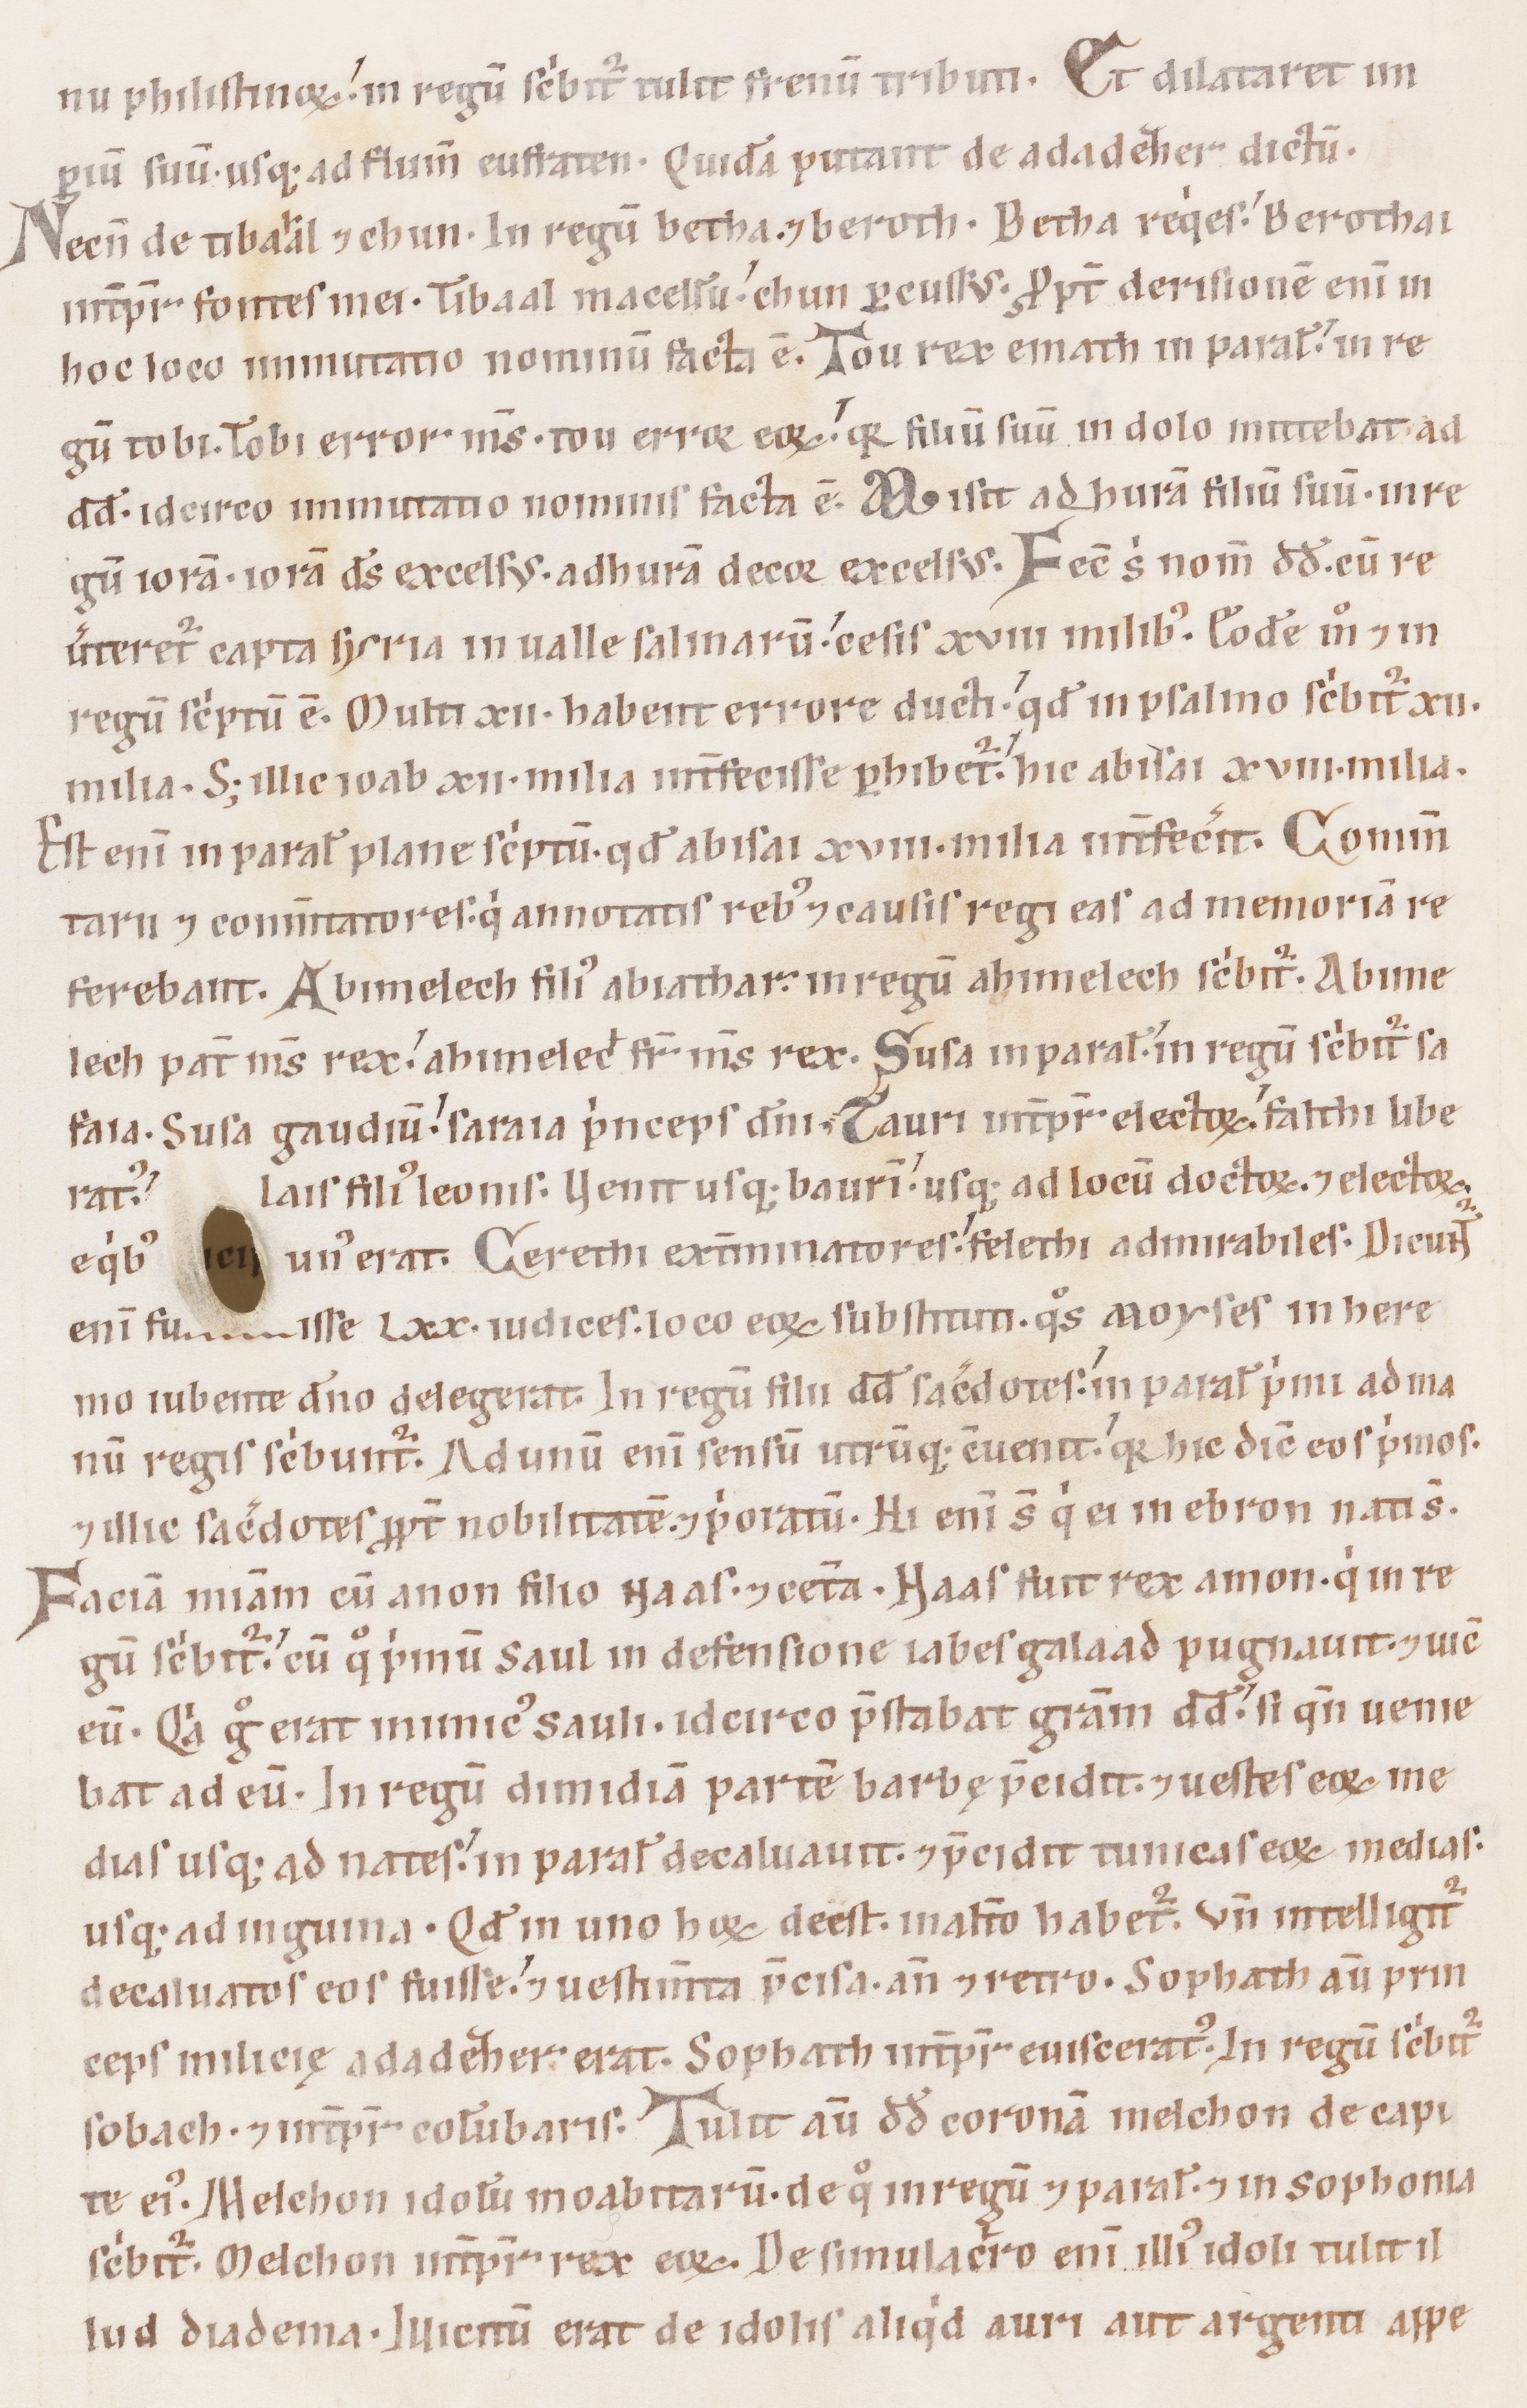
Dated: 1100–1199